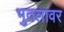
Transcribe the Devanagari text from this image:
भुतलावर